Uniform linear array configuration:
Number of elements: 16
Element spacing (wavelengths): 1
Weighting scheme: exponential
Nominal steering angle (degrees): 60
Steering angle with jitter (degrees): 58.813
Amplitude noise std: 0.05
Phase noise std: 0.05

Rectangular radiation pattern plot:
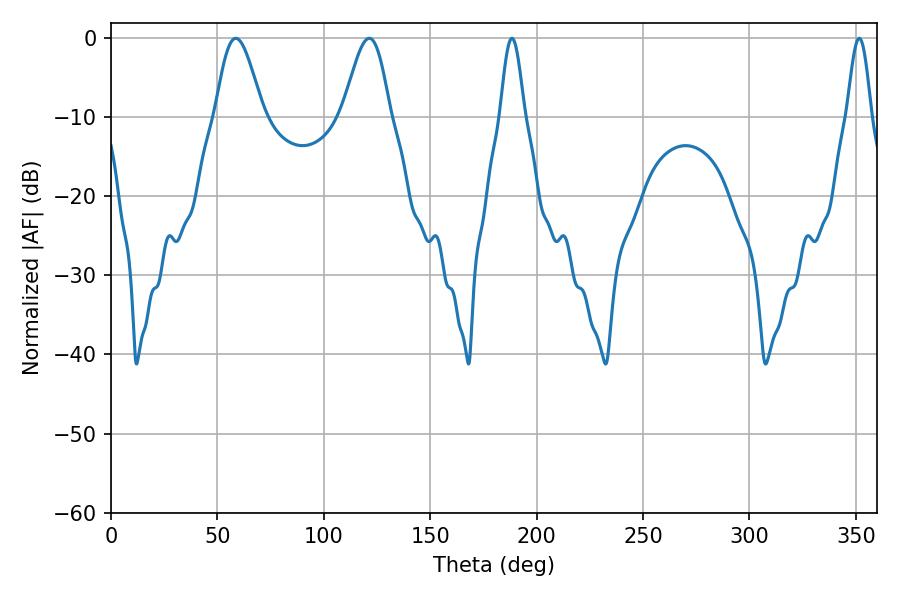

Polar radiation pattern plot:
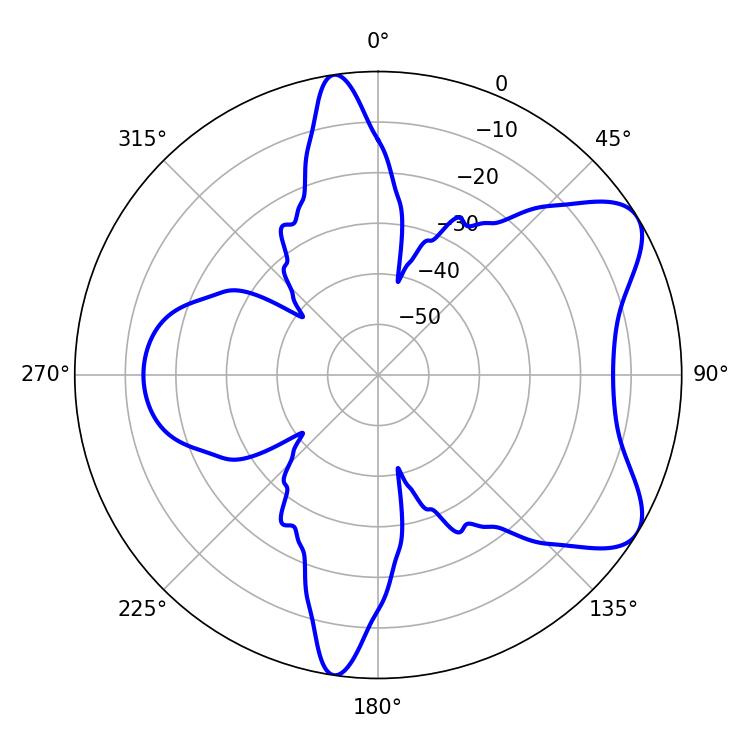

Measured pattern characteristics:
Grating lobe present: TRUE
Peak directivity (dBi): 7.27
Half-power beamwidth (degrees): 11.7
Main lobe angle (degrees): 58.68